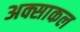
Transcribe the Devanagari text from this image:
अक्साकल